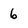
Character: 6